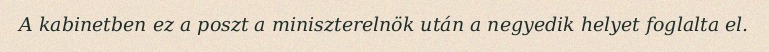
A kabinetben ez a poszt a miniszterelnök után a negyedik helyet foglalta el.